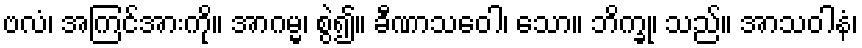
ဗလံ၊ အကြင်အားကို။ အာဂမ္မ၊ စွဲ၍။ ခီဏာသဝေါ၊ သော။ ဘိက္ခု၊ သည်။ အာသဝါနံ၊